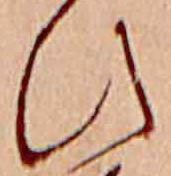
ひ